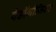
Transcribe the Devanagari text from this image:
पेडॉगॉजिक्स